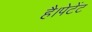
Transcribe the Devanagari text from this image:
है।पेटेंट